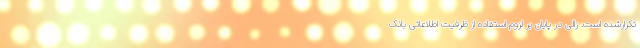
تکرارشده است. زالی در پایان بر لزوم استفاده از ظرفیت اطلاعاتی بانک